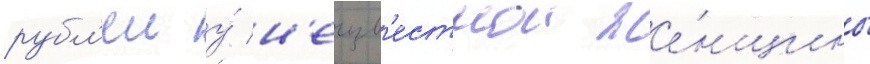
рубл'еи у́ н'еизв'естнои же́нщины